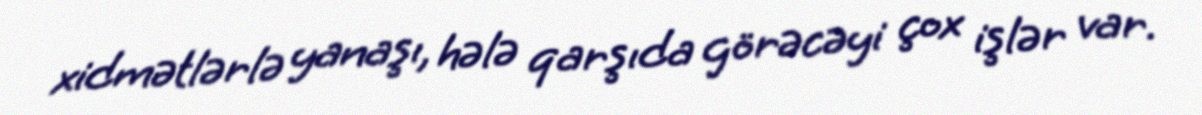
xidmətlərlə yanaşı, hələ qarşıda görəcəyi çox işlər var.